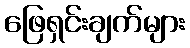
ဖြေရှင်းချက်များ